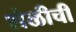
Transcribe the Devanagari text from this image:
शेळीची